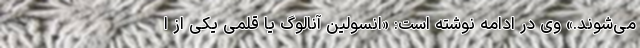
می‌شوند.» وی در ادامه نوشته است: «انسولین آنالوگ یا قلمی یکی از ا